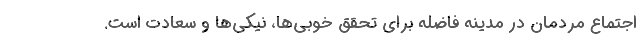
اجتماع مردمان در مدینه فاضله برای تحقق خوبی‌ها، نیکی‌ها و سعادت است.